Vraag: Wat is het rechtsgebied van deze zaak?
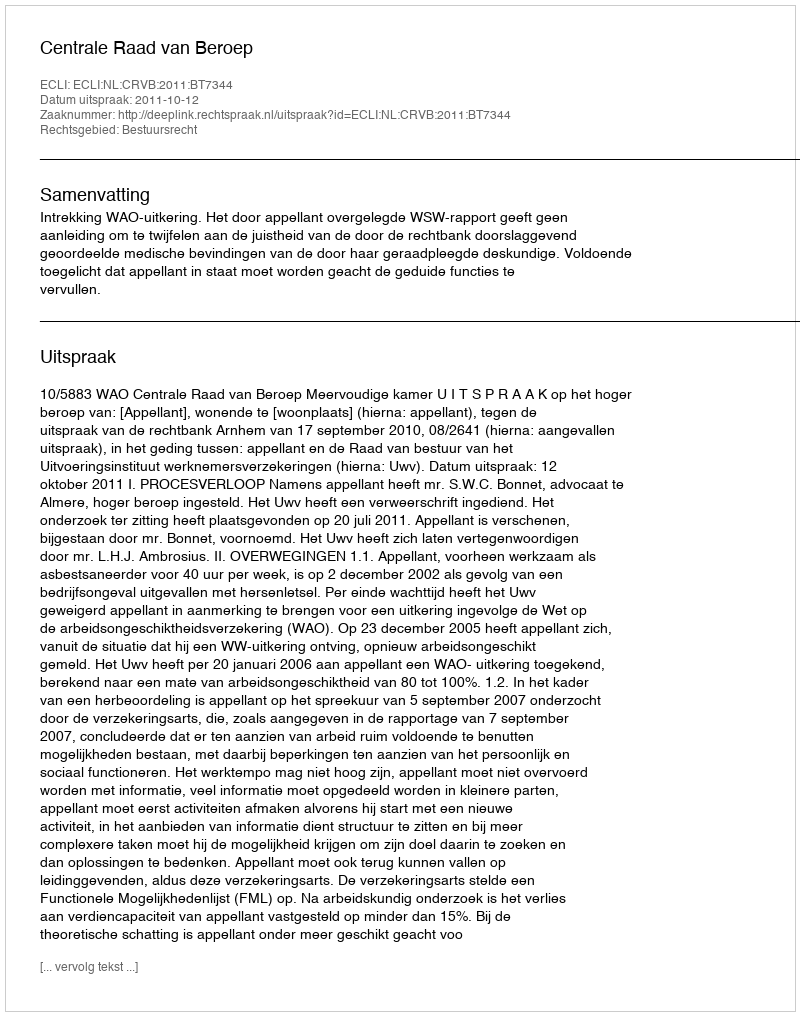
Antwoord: Bestuursrecht